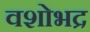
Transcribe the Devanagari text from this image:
वशोभद्र